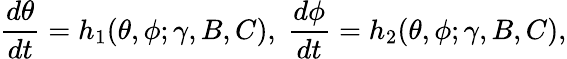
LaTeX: \frac{d\theta}{dt}=h_{1}(\theta,\phi;\gamma,B,C),~\frac{d\phi}{dt}=h_{2}(\theta,\phi;\gamma,B,C),